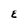
Character: E